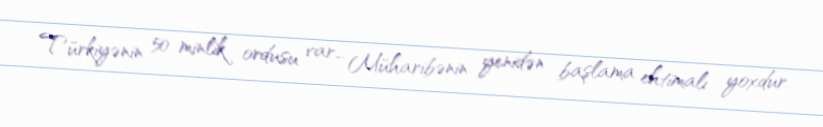
Türkiyənin 50 minlik ordusu var… Müharibənin yenidən başlama ehtimalı yoxdur.